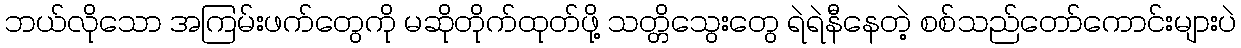
ဘယ်လိုသော အကြမ်းဖက်တွေကို မဆိုတိုက်ထုတ်ဖို့ သတ္တိသွေးတွေ ရဲရဲနီနေတဲ့ စစ်သည်တော်ကောင်းများပဲ